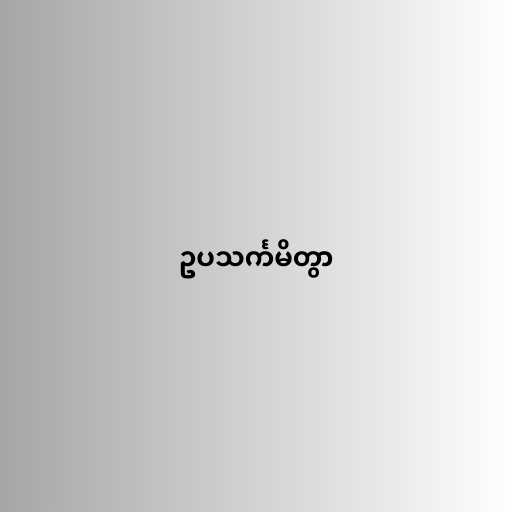
ဥပသင်္ကမိတွာ